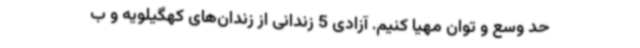
حد وسع و توان مهیا کنیم. آزادی 5 زندانی از زندان‌های کهگیلویه و ب